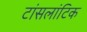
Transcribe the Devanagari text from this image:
टांसलांटिक